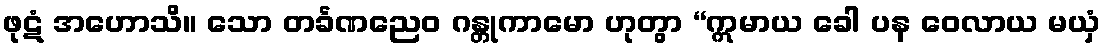
ဖုဋံ အဟောသိ။ သော တင်္ခဏညေဝ ဂန္တုကာမော ဟုတွာ “ဣမာယ ခေါ ပန ဝေလာယ မယှံ